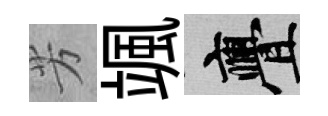
芳颯亹